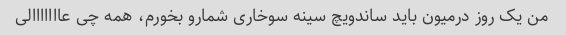
من یک روز درمیون باید ساندویچ سینه سوخاری شمارو بخورم، همه چی عااااااالی